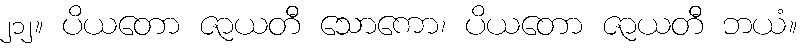
၂၁၂။ ပိယတော ဇာယတီ သောကော၊ ပိယတော ဇာယတီ ဘယံ။